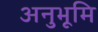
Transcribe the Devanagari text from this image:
अनुभूमि